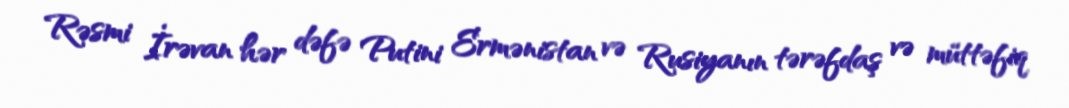
Rəsmi İrəvan hər dəfə Putini Ermənistan və Rusiyanın tərəfdaş və müttəfiq